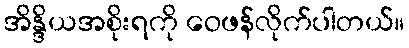
အိန္ဒိယအစိုးရကို ဝေဖန်လိုက်ပါတယ်။